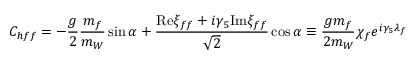
C _ { h f f } = - { \frac { g } { 2 } } { \frac { m _ { f } } { m _ { W } } } \sin \alpha + { \frac { \mathrm { R e } \xi _ { f f } + i \gamma _ { 5 } \mathrm { I m } \xi _ { f f } } { \sqrt { 2 } } } \cos \alpha \equiv { \frac { g m _ { f } } { 2 m _ { W } } } \chi _ { f } e ^ { i \gamma _ { 5 } \lambda _ { f } }